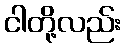
ငါတို့လည်း